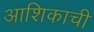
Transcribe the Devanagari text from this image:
आशिकाची